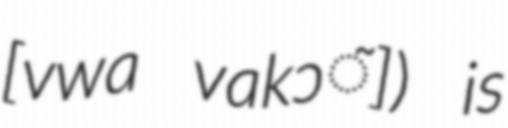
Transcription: ​[vwa vakɔ̃]) is